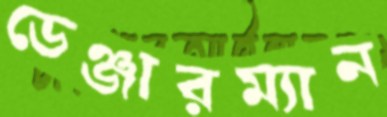
ডেঞ্জারম্যান